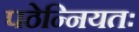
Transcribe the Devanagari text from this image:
पठेन्नियतः